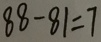
8 8 - 8 1 = 7